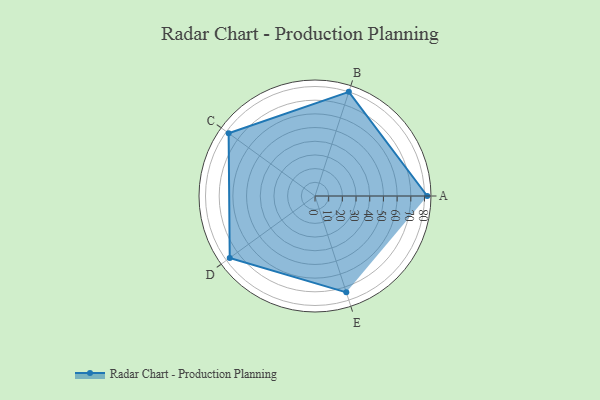
{"axis": {"x": "Skill", "y": "Score"}, "legend": ["Profile"], "data": [{"x": "A", "y": 82.0, "type": "Profile"}, {"x": "B", "y": 80.0, "type": "Profile"}, {"x": "C", "y": 78.0, "type": "Profile"}, {"x": "D", "y": 77.0, "type": "Profile"}, {"x": "E", "y": 74.0, "type": "Profile"}]}